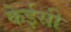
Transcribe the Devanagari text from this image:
केईसी